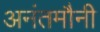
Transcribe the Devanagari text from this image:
अनंतमौनी